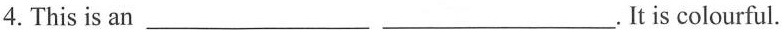
4.This is an___ ___.It is colourful.